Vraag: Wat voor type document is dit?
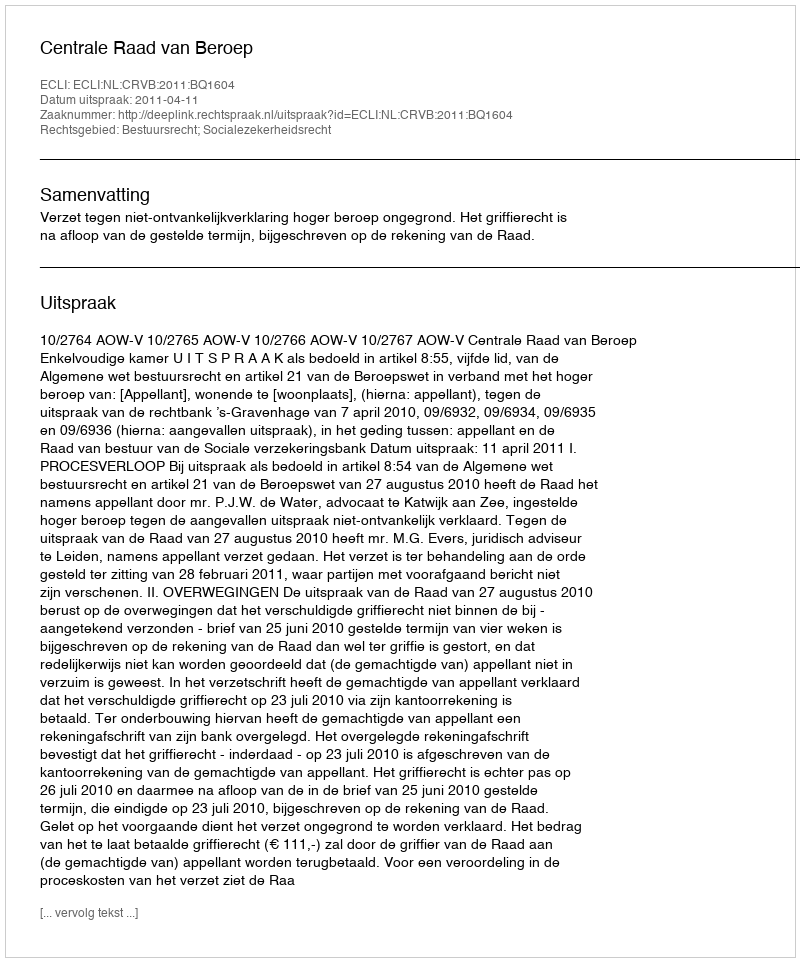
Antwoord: Uitspraak